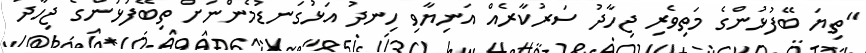
"ތިޔަ ބޭފުޅުންގެ މަތިވެރި ޖިހާދު ސަރުކާރެއް އަނިޔާވި ހިނދު އަޅުގަނޑުމެންނަށް ތިބޭފުޅުންގެ ޖިހާދު